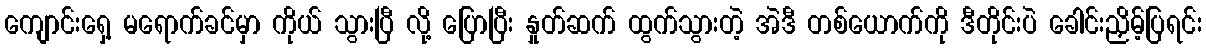
ကျောင်းရှေ့ မရောက်ခင်မှာ ကိုယ် သွားပြီ လို့ ပြောပြီး နှုတ်ဆက် ထွက်သွားတဲ့ အဲဒီ တစ်ယောက်ကို ဒီတိုင်းပဲ ခေါင်းညှိမ့်ပြရင်း